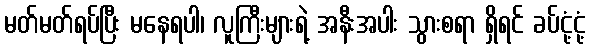
မတ်မတ်ရပ်ပြီး မနေရပါ၊ လူကြီးများရဲ့ အနီးအပါး သွားစရာ ရှိရင် ခပ်ငုံ့ငုံ့